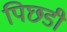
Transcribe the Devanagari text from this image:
पिछडी